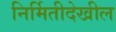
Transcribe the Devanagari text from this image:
निर्मितीदेखील